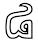
៨